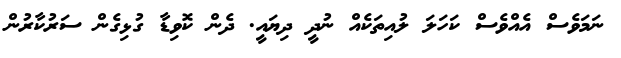
ނަމަވެސް އެއްވެސް ކަހަލަ ލުއިތަކެއް ނުދީ ދިޔައީ. ދެން ކޮވިޑާ ގުޅިގެން ސަރުކާރުން